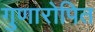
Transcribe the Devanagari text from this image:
गुणारोपित